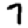
Digit: 7